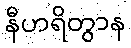
နီဟရိတွာန